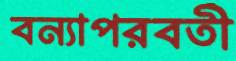
বন্যাপরবর্তী